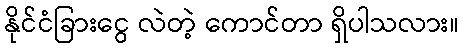
နိုင်ငံခြားငွေ လဲတဲ့ ကောင်တာ ရှိပါသလား။